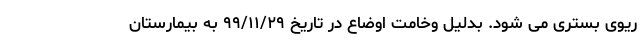
ریوی بستری می شود. بدلیل وخامت اوضاع در تاریخ ٩٩/١١/٢٩ به بیمارستان